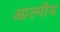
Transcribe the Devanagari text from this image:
आल्पीय